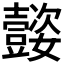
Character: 𡤜